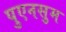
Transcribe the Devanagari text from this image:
पुएनसुम